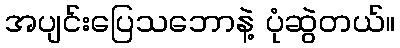
အပျင်းပြေသဘောနဲ့ ပုံဆွဲတယ်။